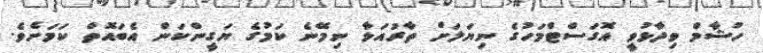
ހުޝާމް ވިދާޅުވީ އޮގަސްޓްމަހުގެ ނިޔަލަށް ތާރުއަޅާ ނިމޭނެ ކަމުގެ ޔަގީންކަން އެބައޮތް ކަމަށެވެ.